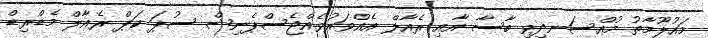
މައުލޫމާތު މުއްސަނދިވި ބާސާ އާއި ރެއާލް އެއްވަރުވެއްޖެސްޕެނިޝް ސުޕަ ކަޕް ރެއާލް މެޑްރިޑް